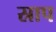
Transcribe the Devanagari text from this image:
स्राप